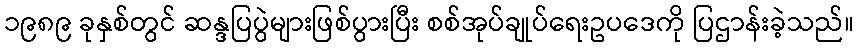
၁၉၈၉ ခုနှစ်တွင် ဆန္ဒပြပွဲများဖြစ်ပွားပြီး စစ်အုပ်ချုပ်ရေးဥပဒေကို ပြဌာန်းခဲ့သည်။